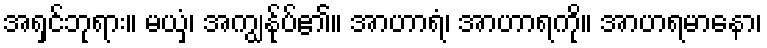
အရှင်ဘုရား။ မယှံ၊ အကျွန်ုပ်၏။ အာဟာရံ၊ အာဟာရကို။ အာဟရမာနော၊